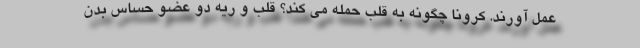
عمل آورند. کرونا چگونه به قلب حمله می کند؟ قلب و ریه دو عضو حساس بدن